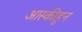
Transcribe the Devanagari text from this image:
आस्कीहून